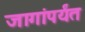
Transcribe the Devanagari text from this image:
जागांपर्यंत